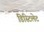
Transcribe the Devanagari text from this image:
डिस्टिलेट